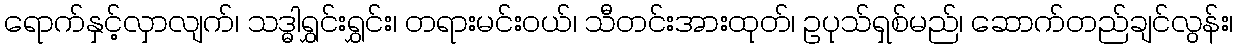
ရောက်နှင့်လှာလျက်၊ သဒ္ဓါရွှင်းရွှင်း၊ တရားမင်းဝယ်၊ သီတင်းအားထုတ်၊ ဥပုသ်ရှစ်မည်၊ ဆောက်တည်ချင်လွန်း၊